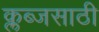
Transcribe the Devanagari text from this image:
क्लब्जसाठी